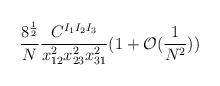
LaTeX: \begin{align*}\frac{8^{\frac{1}{2}}}{N} \frac{C^{I_1 I_2 I_3}} {x_{12}^2 x_{23}^2 x_{31}^2} (1+\mathcal{O}(\frac{1}{N^2}))\end{align*}